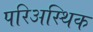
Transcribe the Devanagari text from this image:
परिअस्थिक